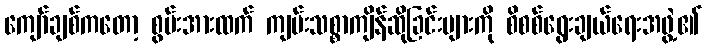
ကျော်ချစ်ကတော့ စွမ်းအားထက် ကျမ်းသစ္စာကျိန်ဆိုခြင်းများကို စိစစ်ရွေးချယ်ရေးအဖွဲ့၏